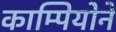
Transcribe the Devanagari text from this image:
काम्पियोने